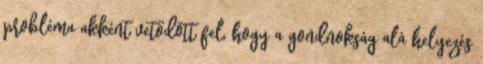
probléma akként vetődött fel, hogy a gondnokság alá helyezés